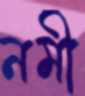
নমী